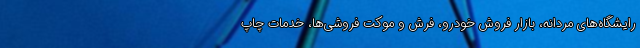
رایشگاه‌های مردانه، بازار فروش خودرو، فرش و موکت فروشی‌ها، خدمات چاپ